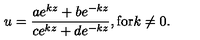
u = \frac { a e ^ { k z } + b e ^ { - k z } } { c e ^ { k z } + d e ^ { - k z } } , \mathrm { f o r } k \neq 0 .